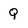
Character: Q